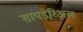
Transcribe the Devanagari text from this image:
सायडेरिअल